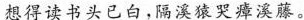
想得读书头已白，隔溪猿哭瘴溪藤。